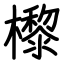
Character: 㰀